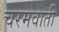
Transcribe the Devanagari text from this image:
चरमवाती